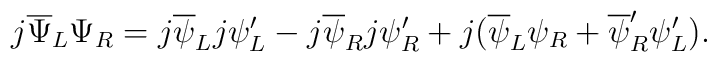
j\overline{\Psi}_L \Psi_R = j \overline{\psi}_L j \psi'_L - j \overline{\psi}_R j \psi'_R + j (\overline{\psi}_L \psi_R +\overline{\psi}'_R \psi'_L).